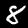
Label: 8